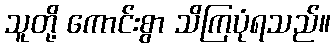
သူတို့ ကောင်းစွာ သိကြပုံရသည်။